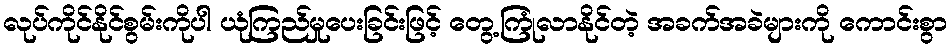
လုပ်ကိုင်နိုင်စွမ်းကိုပါ ယုံကြည်မှုပေးခြင်းဖြင့် တွေ့ကြုံလာနိုင်တဲ့ အခက်အခဲများကို ကောင်းစွာ